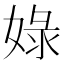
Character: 娽